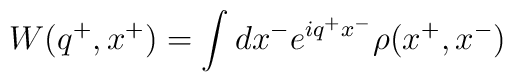
W(q^+,x^+)= \int dx^- e^{iq^+x^-} \rho(x^+,x^-)